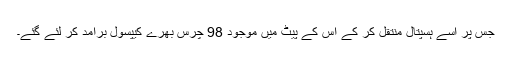
جس پر اسے ہسپتال منتقل کر کے اس کے پیٹ میں موجود 98 چرس بھرے کیپسول برآمد کر لئے گئے۔